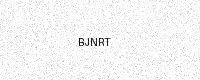
Text: BJNRT